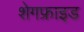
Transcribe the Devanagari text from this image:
शेगफ्राइड